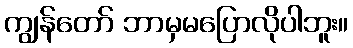
ကျွန်တော် ဘာမှမပြောလိုပါဘူး။